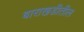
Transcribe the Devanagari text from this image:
बाराखडीतील